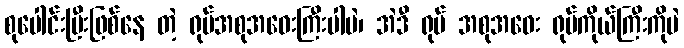
စုပေါင်းပြီးဖြစ်နေ တဲ့ ရုပ်အစုအဝေးကြီးပါပဲ၊ အဲဒီ ရုပ် အစုအဝေး ရုပ်ကိုယ်ကြီးကိုပဲ